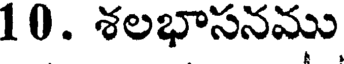
10. శలభాసనము